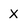
Character: X